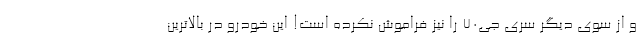
و از سوی دیگر سری جی70 را نیز فراموش نکرده است! این خودرو در بالاترین